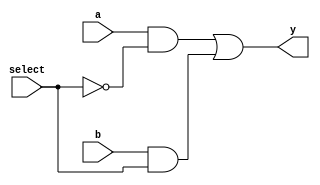
module xup_mux_2_to_1 #(parameter DELAY = 3)(
    input a,
    input b,
    input select,
    output y
    );
    
    assign #DELAY y= (a & ~select) | (b & select);
        
endmodule